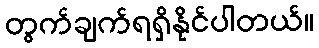
တွက်ချက်ရရှိနိုင်ပါတယ်။